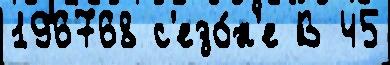
196768 с'езо́н'е В 45